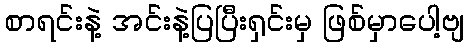
စာရင်းနဲ့ အင်းနဲ့ပြပြီးရှင်းမှ ဖြစ်မှာပေါ့ဗျ